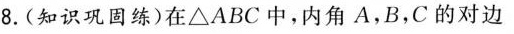
8.(知识巩固练)在△ABC中，内角A，B，C的对边